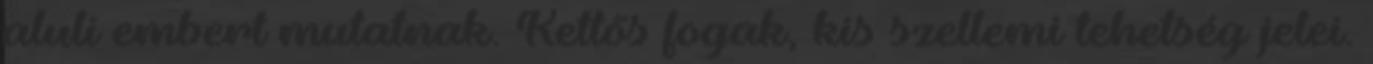
aluli embert mutatnak. Kettős fogak, kis szellemi tehetség jelei.